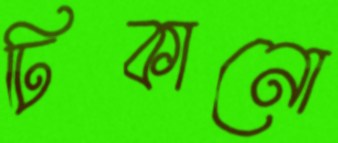
ঢিকানো